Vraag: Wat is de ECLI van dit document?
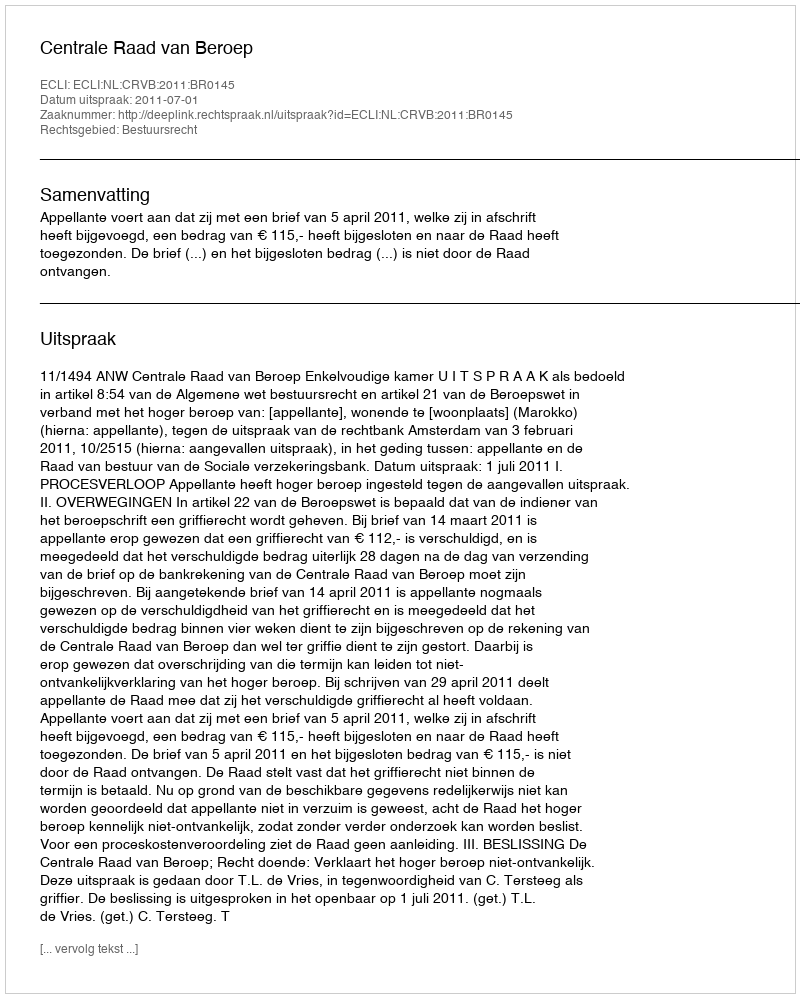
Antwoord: ECLI:NL:CRVB:2011:BR0145